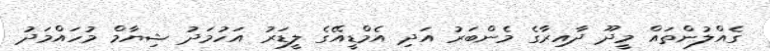
ގެއްލުންތައް މީދޫ ދާއިރާގެ މެންބަރު އަދި އެމްޑީއޭގެ ލީޑަރު އަހުމަދު ޝިޔާމް މުހައްމަދު